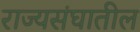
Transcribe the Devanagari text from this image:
राज्यसंघातील